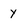
Character: y